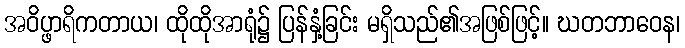
အဝိပ္ဖာရိကတာယ၊ ထိုထိုအာရုံ၌ ပြန်နှံ့ခြင်း မရှိသည်၏အဖြစ်ဖြင့်။ ဃတဘာဝေန၊